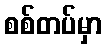
စစ်တပ်မှာ